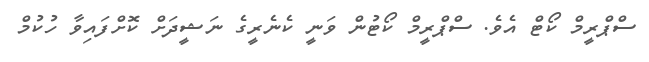
ސްޕްރީމް ކޯޓް އެވެ. ސްޕްރީމް ކޯޓުން ވަނީ ކެނެރީގެ ނަޝީދަށް ކޮށްފައިވާ ހުކުމް